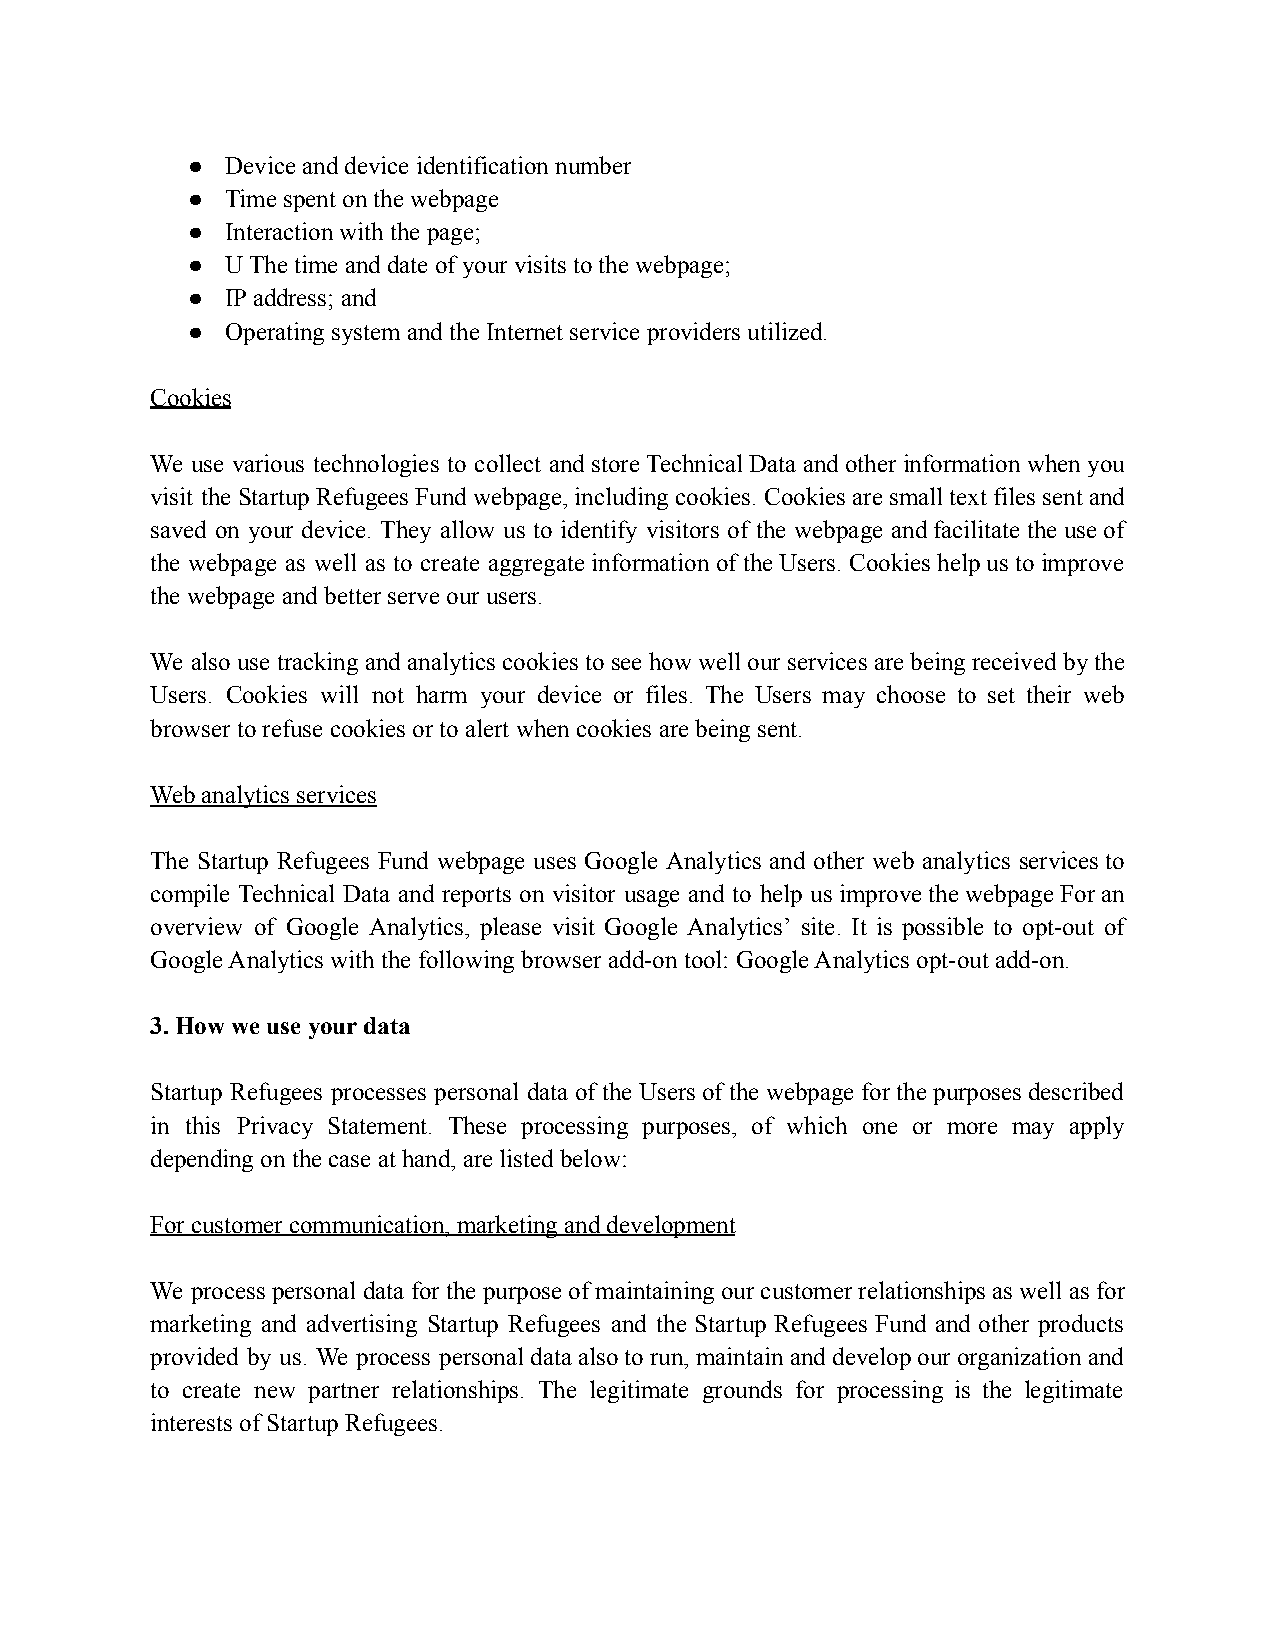
●  Device and device identification number
 ●  Time spent on the webpage
 ●  Interaction with the page;
 ●  U The time and date of your visits to the webpage;
 ●  IP address; and
 ●  Operating system and the Internet service providers utilized.
 Cookies
 We use various technologies to collect andstoreTechnical Dataand otherinformationwhenyou
 visit theStartup Refugees Fundwebpage, includingcookies.Cookiesaresmalltext files sentand
 saved on your device. They allow us to identify visitors of the webpage andfacilitate the useof
 the webpage as well as to create aggregateinformation ofthe Users.Cookieshelpus toimprove
 the webpage and better serve our users.
 We also usetrackingandanalyticscookiesto seehow well ourservicesarebeing receivedbythe
 Users. Cookies will not harm your device or files. The Users may choose to set their web
 browser to refuse cookies or to alert when cookies are being sent.
 Web analytics services
 The Startup Refugees Fund webpage uses Google Analytics and other web analytics servicesto
 compile Technical Data and reports on visitor usage and to help usimprovethe webpageForan
 overview of Google Analytics, please visit Google Analytics’ site. It is possible to opt-out of
 Google Analytics with the following browser add-on tool: Google Analytics opt-out add-on.
 3. How we use your data
 Startup Refugees processes personal dataof theUsersof thewebpage for thepurposes described
 in this Privacy Statement. These processing purposes, of which one or more may apply
 depending on the case at hand, are listed below:
 For customer communication, marketing and development
 We processpersonaldata forthe purposeofmaintaining our customerrelationships aswell asfor
 marketing and advertising Startup Refugees and the Startup Refugees Fund and other products
 provided by us. We process personal data alsoto run,maintain anddevelop ourorganization and
 to create new partner relationships. The legitimate grounds for processing is the legitimate
 interests of Startup Refugees.